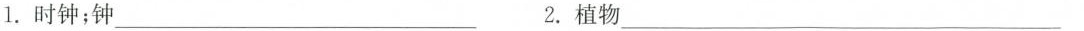
1.时钟；钟___2.植物___